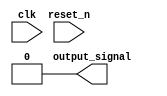
module async_reset_example (
    input wire clk,          // Clock signal
    input wire reset_n,     // Active-low asynchronous reset
    output reg output_signal // Output signal
);

    // Predefined reset value
    parameter RESET_VALUE = 0;

    // Continuous monitoring of the reset signal
    always @* begin
        if (~reset_n) begin
            // Asynchronous reset condition
            output_signal = RESET_VALUE;
        end
    end

    // Clock-driven operations
    always @(posedge clk) begin
        if (reset_n) begin
            // Normal operation: update output_signal based on some logic
            // For demonstration, let's increment the output_signal
            output_signal <= output_signal + 1;
        end
    end

    // Initial state
    initial begin
        output_signal = RESET_VALUE; // Initialize output to reset value
    end

endmodule